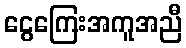
ငွေကြေးအကူအညီ